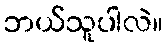
ဘယ်သူပါလဲ။